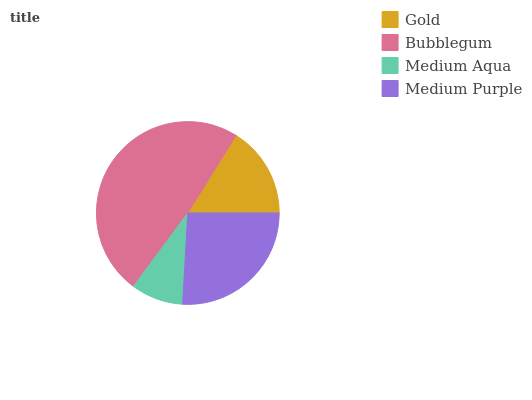
| Gold | Bubblegum | Medium Aqua | Medium Purple |
 | --- | --- | --- | --- |
 | 16.1% | 48.7% | 9.25% | 26% |